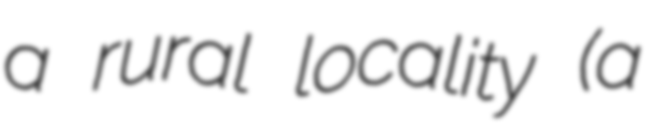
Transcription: a rural locality (a